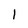
Character: 1